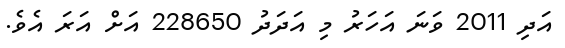
އަދި 2011 ވަނަ އަހަރު މި އަދަދު 228650 އަށް އަރަ އެވެ.